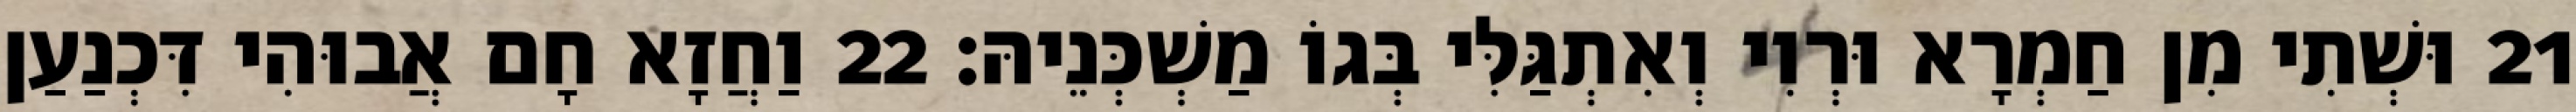
21 וּשְׁתִי מִן חַמְרָא וּרְוִי וְאִתְגַּלִּי בְּגוֹ מַשְׁכְּנֵיהּ׃ 22 וַחֲזָא חָם אֲבוּהִי דִּכְנַעַן